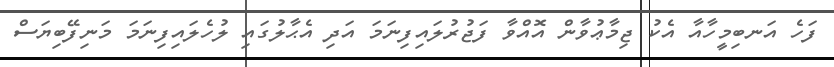
ފަހެ އަނބިމީހާއާ އެކު ޖިމާޢުވާން އޮއްވާ ފަޖުރުލައިފިނަމަ އަދި އެޙާލުގައި ލުހެލައިފިނަމަ މަނިފޭބިޔަސް